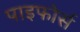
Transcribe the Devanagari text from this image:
पाइफोर्स